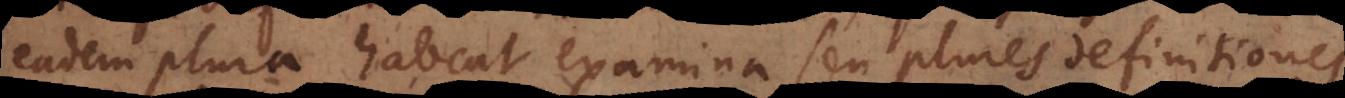
eadem plura habeat examina seu plures definitiones